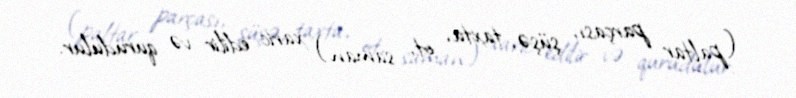
(paltar parçası, şüşə, taxta, ot, saman) xaric edilir və qurudulur.